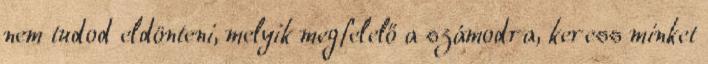
nem tudod eldönteni, melyik megfelelő a számodra, keress minket